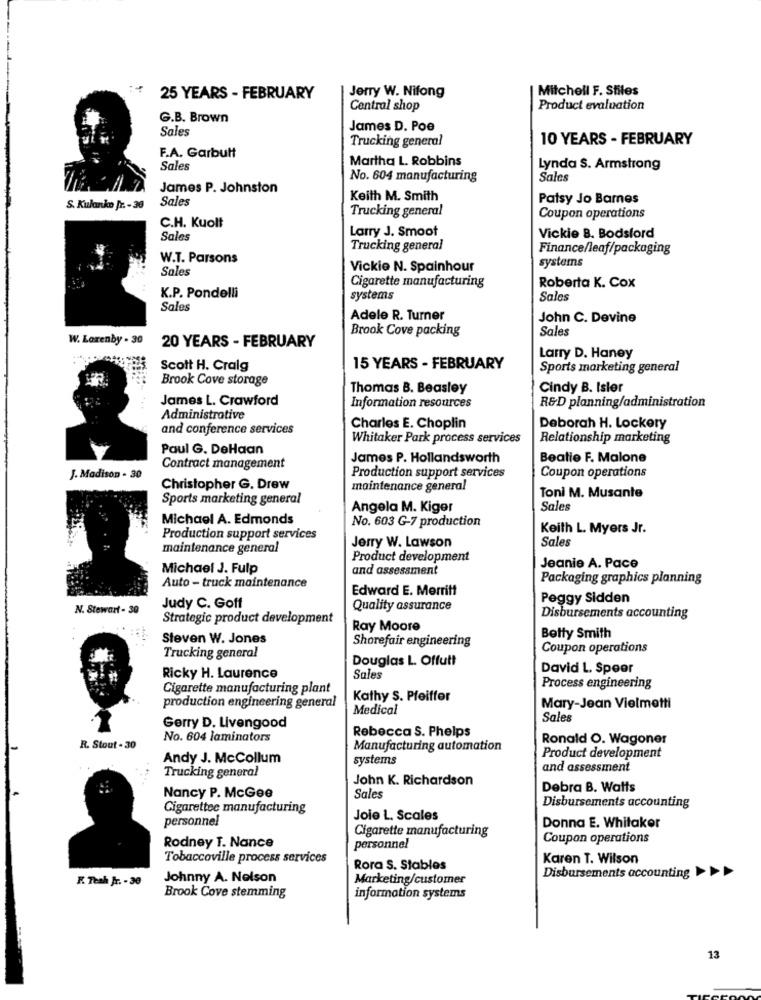
Jerry W. Nifong
Mitchell F. Stiles
25 YEARS - FEBRUARY
Central shop
Product evaluation
G.B. Brown
Sales
James D. Poe
Trucking general
10 YEARS - FEBRUARY
F.A. Garbutt
Martha L. Robbins
Sales
Lynda S. Armstrong
No. 604 manufacturing
Sales
James P. Johnston
Sales
Keith M. Smith
Patsy Jo Barnes
S. Kulanko Jr. - 30
Trucking general
C.H. Kuolt
Coupon operations
Larry J. Smoot
Sales
Vickie B. Bodsford
Trucking general
Finance/leaf/packaging
W.T. Parsons
Sales
Vickie N. Spainhour
systems
Cigarette manufacturing
Roberta K. Cox
K.P. Pondelli
systems
Sales
Sales
Adele R. Turner
John C. Devine
Brook Cove packing
Sales
W. Laxenby . 30
20 YEARS - FEBRUARY
Larry D. Haney
Scott H. Craig
15 YEARS - FEBRUARY
Sports marketing general
Brook Cove storage
Thomas B. Beasley
Cindy B. Isler
James L. Crawford
Information resources
R&D planning/administration
Administrative
and conference services
Charles E. Choplin
Deborah H. Lockery
Whitaker Park process services
Relationship marketing
Paul G. DeHaan
James P. Hollandsworth
Beatie F. Malone
Contract management
J. Madison - 30
Production support services
Coupon operations
Christopher G. Drew
maintenance general
Sports marketing general
Toni M. Musante
Angela M. Kiger
Sales
Michael A. Edmonds
No. 603 G-7 production
Keith L. Myers Jr.
Production support services
Sales
maintenance general
Jerry W. Lawson
Product development
Michael J. Fulp
and assessment
Jeanie A. Pace
Packaging graphics planning
Auto - truck maintenance
Edward E. Merritt
Peggy Sidden
N. Stewart - 30
Judy C. Goff
Quality assurance
Strategic product development
Disbursements accounting
Ray Moore
Steven W. Jones
Shorefair engineering
Betty Smith
Coupon operations
Trucking general
Douglas L. Offutt
David L. Speer
Ricky H. Laurence
Sales
Cigarette manufacturing plant
Process engineering
production engineering general
Kathy S. Pfeiffer
Medical
Mary-Jean Vielmetti
Sales
Gerry D. Livengood
Rebecca S. Phelps
No. 604 laminators
Ronald O. Wagoner
R. Stout - 30
Manufacturing automation
Andy J. Mccollum
systems
Product development
Trucking general
and assessment
John K. Richardson
Debra B. Watts
Nancy P. McGee
Sales
Cigarettee manufacturing
Disbursements accounting
personnel
Joie L. Scales
Cigarette manufacturing
Donna E. Whitaker
Rodney T. Nance
Coupon operations
personnel
Tobaccoville process services
Karen T. Wilson
Rora S. Stables
F. Teah Jr. - 30
Johnny A. Nelson
Marketing/customer
Disbursements accounting
Brook Cove stemming
information systems
13